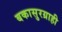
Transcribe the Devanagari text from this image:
बकासुरग्राही